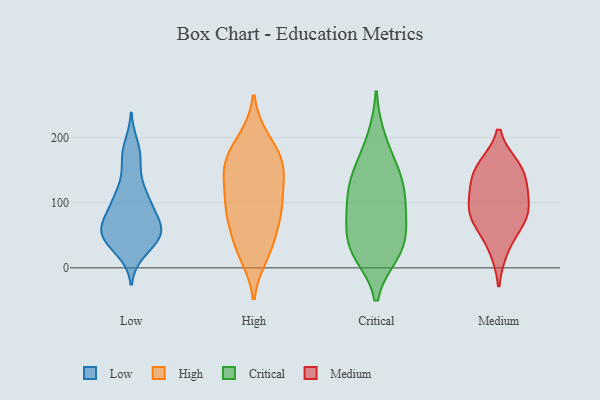
{"axis": {"x": "Conversion Rate (%)", "y": "Value"}, "legend": ["Critical", "High", "Low", "Medium"], "data": [{"x": "", "y": 48, "type": "Low"}, {"x": "", "y": 136, "type": "Low"}, {"x": "", "y": 31, "type": "Low"}, {"x": "", "y": 189, "type": "Low"}, {"x": "", "y": 99, "type": "Low"}, {"x": "", "y": 56, "type": "Low"}, {"x": "", "y": 112, "type": "Low"}, {"x": "", "y": 58, "type": "Low"}, {"x": "", "y": 24, "type": "Low"}, {"x": "", "y": 166, "type": "Low"}, {"x": "", "y": 61, "type": "Low"}, {"x": "", "y": 96, "type": "Low"}, {"x": "", "y": 110, "type": "Low"}, {"x": "", "y": 63, "type": "Low"}, {"x": "", "y": 51, "type": "Low"}, {"x": "", "y": 58, "type": "Low"}, {"x": "", "y": 89, "type": "Low"}, {"x": "", "y": 38, "type": "Low"}, {"x": "", "y": 174, "type": "Low"}, {"x": "", "y": 68, "type": "Low"}, {"x": "", "y": 45, "type": "High"}, {"x": "", "y": 198, "type": "High"}, {"x": "", "y": 102, "type": "High"}, {"x": "", "y": 87, "type": "High"}, {"x": "", "y": 71, "type": "High"}, {"x": "", "y": 37, "type": "High"}, {"x": "", "y": 171, "type": "High"}, {"x": "", "y": 92, "type": "High"}, {"x": "", "y": 143, "type": "High"}, {"x": "", "y": 19, "type": "High"}, {"x": "", "y": 168, "type": "High"}, {"x": "", "y": 87, "type": "High"}, {"x": "", "y": 98, "type": "High"}, {"x": "", "y": 141, "type": "High"}, {"x": "", "y": 161, "type": "High"}, {"x": "", "y": 141, "type": "High"}, {"x": "", "y": 22, "type": "High"}, {"x": "", "y": 151, "type": "High"}, {"x": "", "y": 197, "type": "High"}, {"x": "", "y": 85, "type": "Critical"}, {"x": "", "y": 128, "type": "Critical"}, {"x": "", "y": 36, "type": "Critical"}, {"x": "", "y": 29, "type": "Critical"}, {"x": "", "y": 160, "type": "Critical"}, {"x": "", "y": 25, "type": "Critical"}, {"x": "", "y": 141, "type": "Critical"}, {"x": "", "y": 199, "type": "Critical"}, {"x": "", "y": 22, "type": "Critical"}, {"x": "", "y": 63, "type": "Critical"}, {"x": "", "y": 128, "type": "Critical"}, {"x": "", "y": 79, "type": "Critical"}, {"x": "", "y": 101, "type": "Critical"}, {"x": "", "y": 74, "type": "Medium"}, {"x": "", "y": 76, "type": "Medium"}, {"x": "", "y": 156, "type": "Medium"}, {"x": "", "y": 28, "type": "Medium"}, {"x": "", "y": 145, "type": "Medium"}, {"x": "", "y": 123, "type": "Medium"}, {"x": "", "y": 156, "type": "Medium"}, {"x": "", "y": 73, "type": "Medium"}, {"x": "", "y": 111, "type": "Medium"}, {"x": "", "y": 97, "type": "Medium"}]}